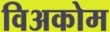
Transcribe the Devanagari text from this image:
विअकोम